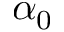
\alpha _ { 0 }